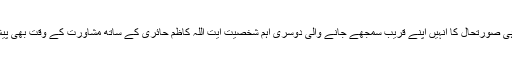
ایسے ہی صورتحال کا انہیں اپنے قریب سمجھے جانے والی دوسری اہم شخصیت آیت اللہ کاظم حائری کے ساتھ مشاورت کے وقت بھی پیش آئی۔